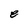
Character: e